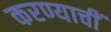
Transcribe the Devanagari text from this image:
करण्याचीं